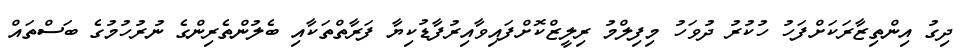
ދިގު އިންތިޒާރަކަށްފަހު ހުކުރު ދުވަހު މިފިލްމު ރިލީޒްކޮށްފައިވާއިރުފާޑުކިޔާ ފަރާތްތަކާއި ބެލުންތެރިންގެ ނުރުހުމުގެ ބަސްތައް